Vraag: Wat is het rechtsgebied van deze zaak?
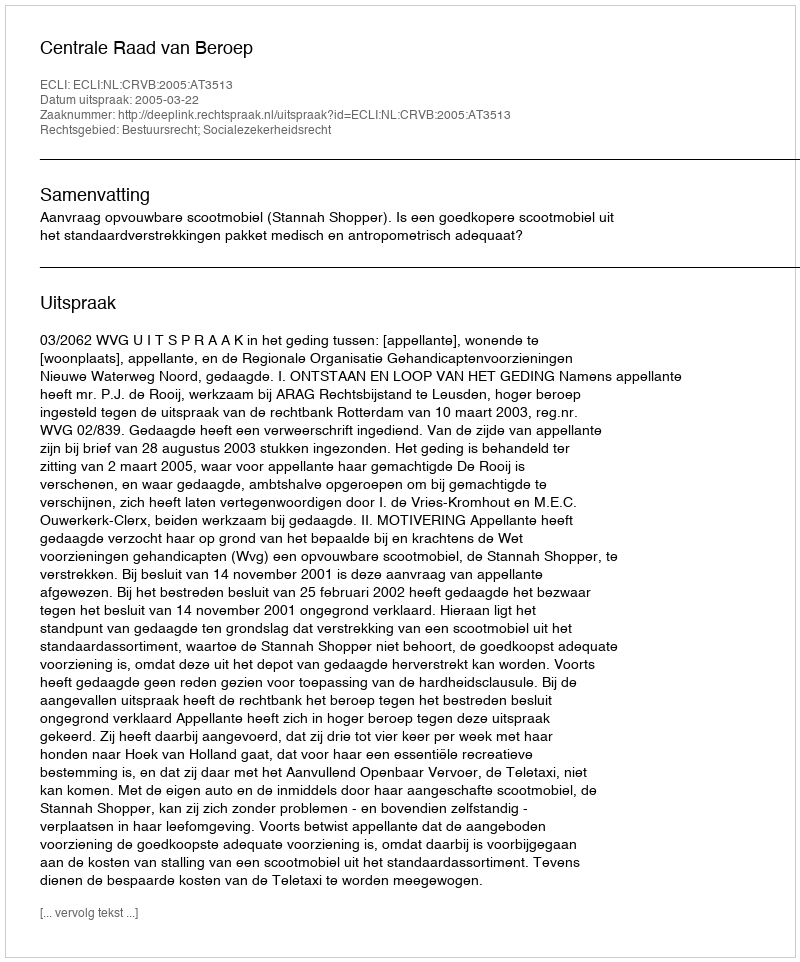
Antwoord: Bestuursrecht; Socialezekerheidsrecht